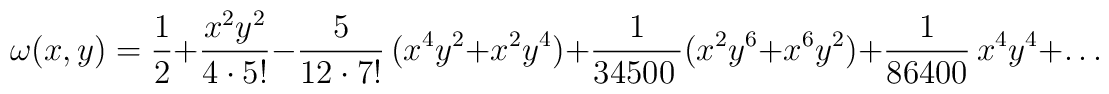
\omega (x,y)= \frac{1}{2} + \frac{x^{2}y^{2}}{4\cdot5!} -\frac{5}{12\cdot7!}\,(x^{4}y^{2} +x^{2}y^{4}) + \frac{1}{34500\,}(x^{2}y^{6} + x^{6}y^{2}) +\frac{1}{86400}\,x^{4}y^{4} + \ldots